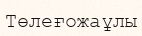
Төлеғожаұлы